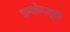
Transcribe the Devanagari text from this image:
डप्सोनमुळे